Lunatic asylums Central Provinces reports 1910-1926 - 1910-1926
Year: 1910
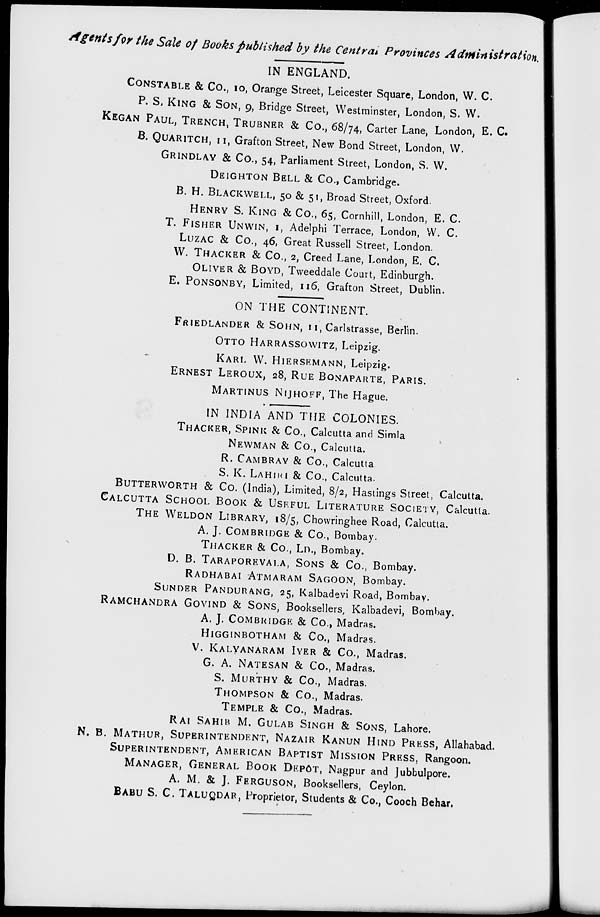
Agents for the Sale of Books published by the Central Provinces Administration.
IN ENGLAND.
CONSTABLE & Co., 10, Orange Street, Leicester Square, London, W. C.
P. S. KING & SON, 9, Bridge Street, Westminster, London, S. W.
KEGAN PAUL, TRENCH, TRUBNER & Co., 68/74, Carter Lane, London, E. C.
B. QUARITCH, 11, Grafton Street, New Bond Street, London, W.
GRINDLAY & Co., 54, Parliament Street, London, S. W.
DEIGHTON BELL & Co., Cambridge.
B. H. BLACKWELL, 50 & 51, Broad Street, Oxford.
HENRY S. KING & Co., 65, Cornhill, London, E. C.
T. FISHER UNWIN, 1, Adelphi Terrace, London, W. C.
LUZAC & Co., 46, Great Russell Street, London.
W. THACKER & Co., 2, Creed Lane, London, E. C.
OLIVER & BOYD, Tweeddale Court, Edinburgh.
E. PONSONBY, Limited, 116, Grafton Street, Dublin.
ON THE CONTINENT.
FRIEDLANDER & SOHN, 11, Carlstrasse, Berlin.
OTTO HARRASSOWITZ, Leipzig.
KARL W. HIERSEMANN, Leipzig.
ERNEST LEROUX, 28, RUE BONAPARTE, PARIS.
MARTINUS NIJHOFF, The Hague.
IN INDIA AND THE COLONIES.
THACKER, SPINK & Co., Calcutta and Simla
NEWMAN & Co., Calcutta.
R. CAMBRAY & Co., Calcutta
S. K. LAHIRI & Co., Calcutta.
BUTTERWORTH & Co. (India), Limited, 8/2, Hastings Street, Calcutta.
CALCUTTA SCHOOL BOOK & USEFUL LITERATURE SOCIETY, Calcutta.
THE WELDON LIBRARY, 18/5, Chowringhee Road, Calcutta.
A. J. COMBRIDGE & Co., Bombay.
THACKER & Co., LD., Bombay.
D. B. TARAPOREVALA, SONS & Co., Bombay.
RADHABAI ATMARAM SAGOON, Bombay.
SUNDER PANDURANG, 25, Kalbadevi Road, Bombay.
RAMCHANDRA GOVIND & SONS, Booksellers, Kalbadevi, Bombay.
A. J. COMBRIDGE & Co., Madras.
HIGGINBOTHAM & Co., Madras.
V. KALYANARAM IYER & Co., Madras.
G. A. NATESAN & Co., Madras.
S. MURTHY & Co., Madras.
THOMPSON & Co., Madras.
TEMPLE & Co., Madras.
RAI SAHIB M. GULAB SINGH & SONS, Lahore.
N. B. MATHUR, SUPERINTENDENT, NAZAIR KANUN HIND PRESS, Allahabad.
SUPERINTENDENT, AMERICAN BAPTIST MISSION PRESS,
Rangoon.
MANAGER, GENERAL BOOK DEPÔT, Nagpur and Jubbulpore.
A. M. & J. FERGUSON, Booksellers, Ceylon.
BABU S. C. TALUQDAR, Proprietor, Students & Co., Cooch Behar.